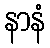
နာနံ